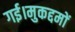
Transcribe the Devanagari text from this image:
गई।मुकद्दमों